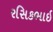
રસિકભાઇ